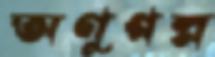
অণুগল্প